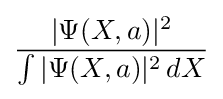
{\frac {|\Psi (X,a)|^{2}}{\int |\Psi (X,a)|^{2}\,dX}}